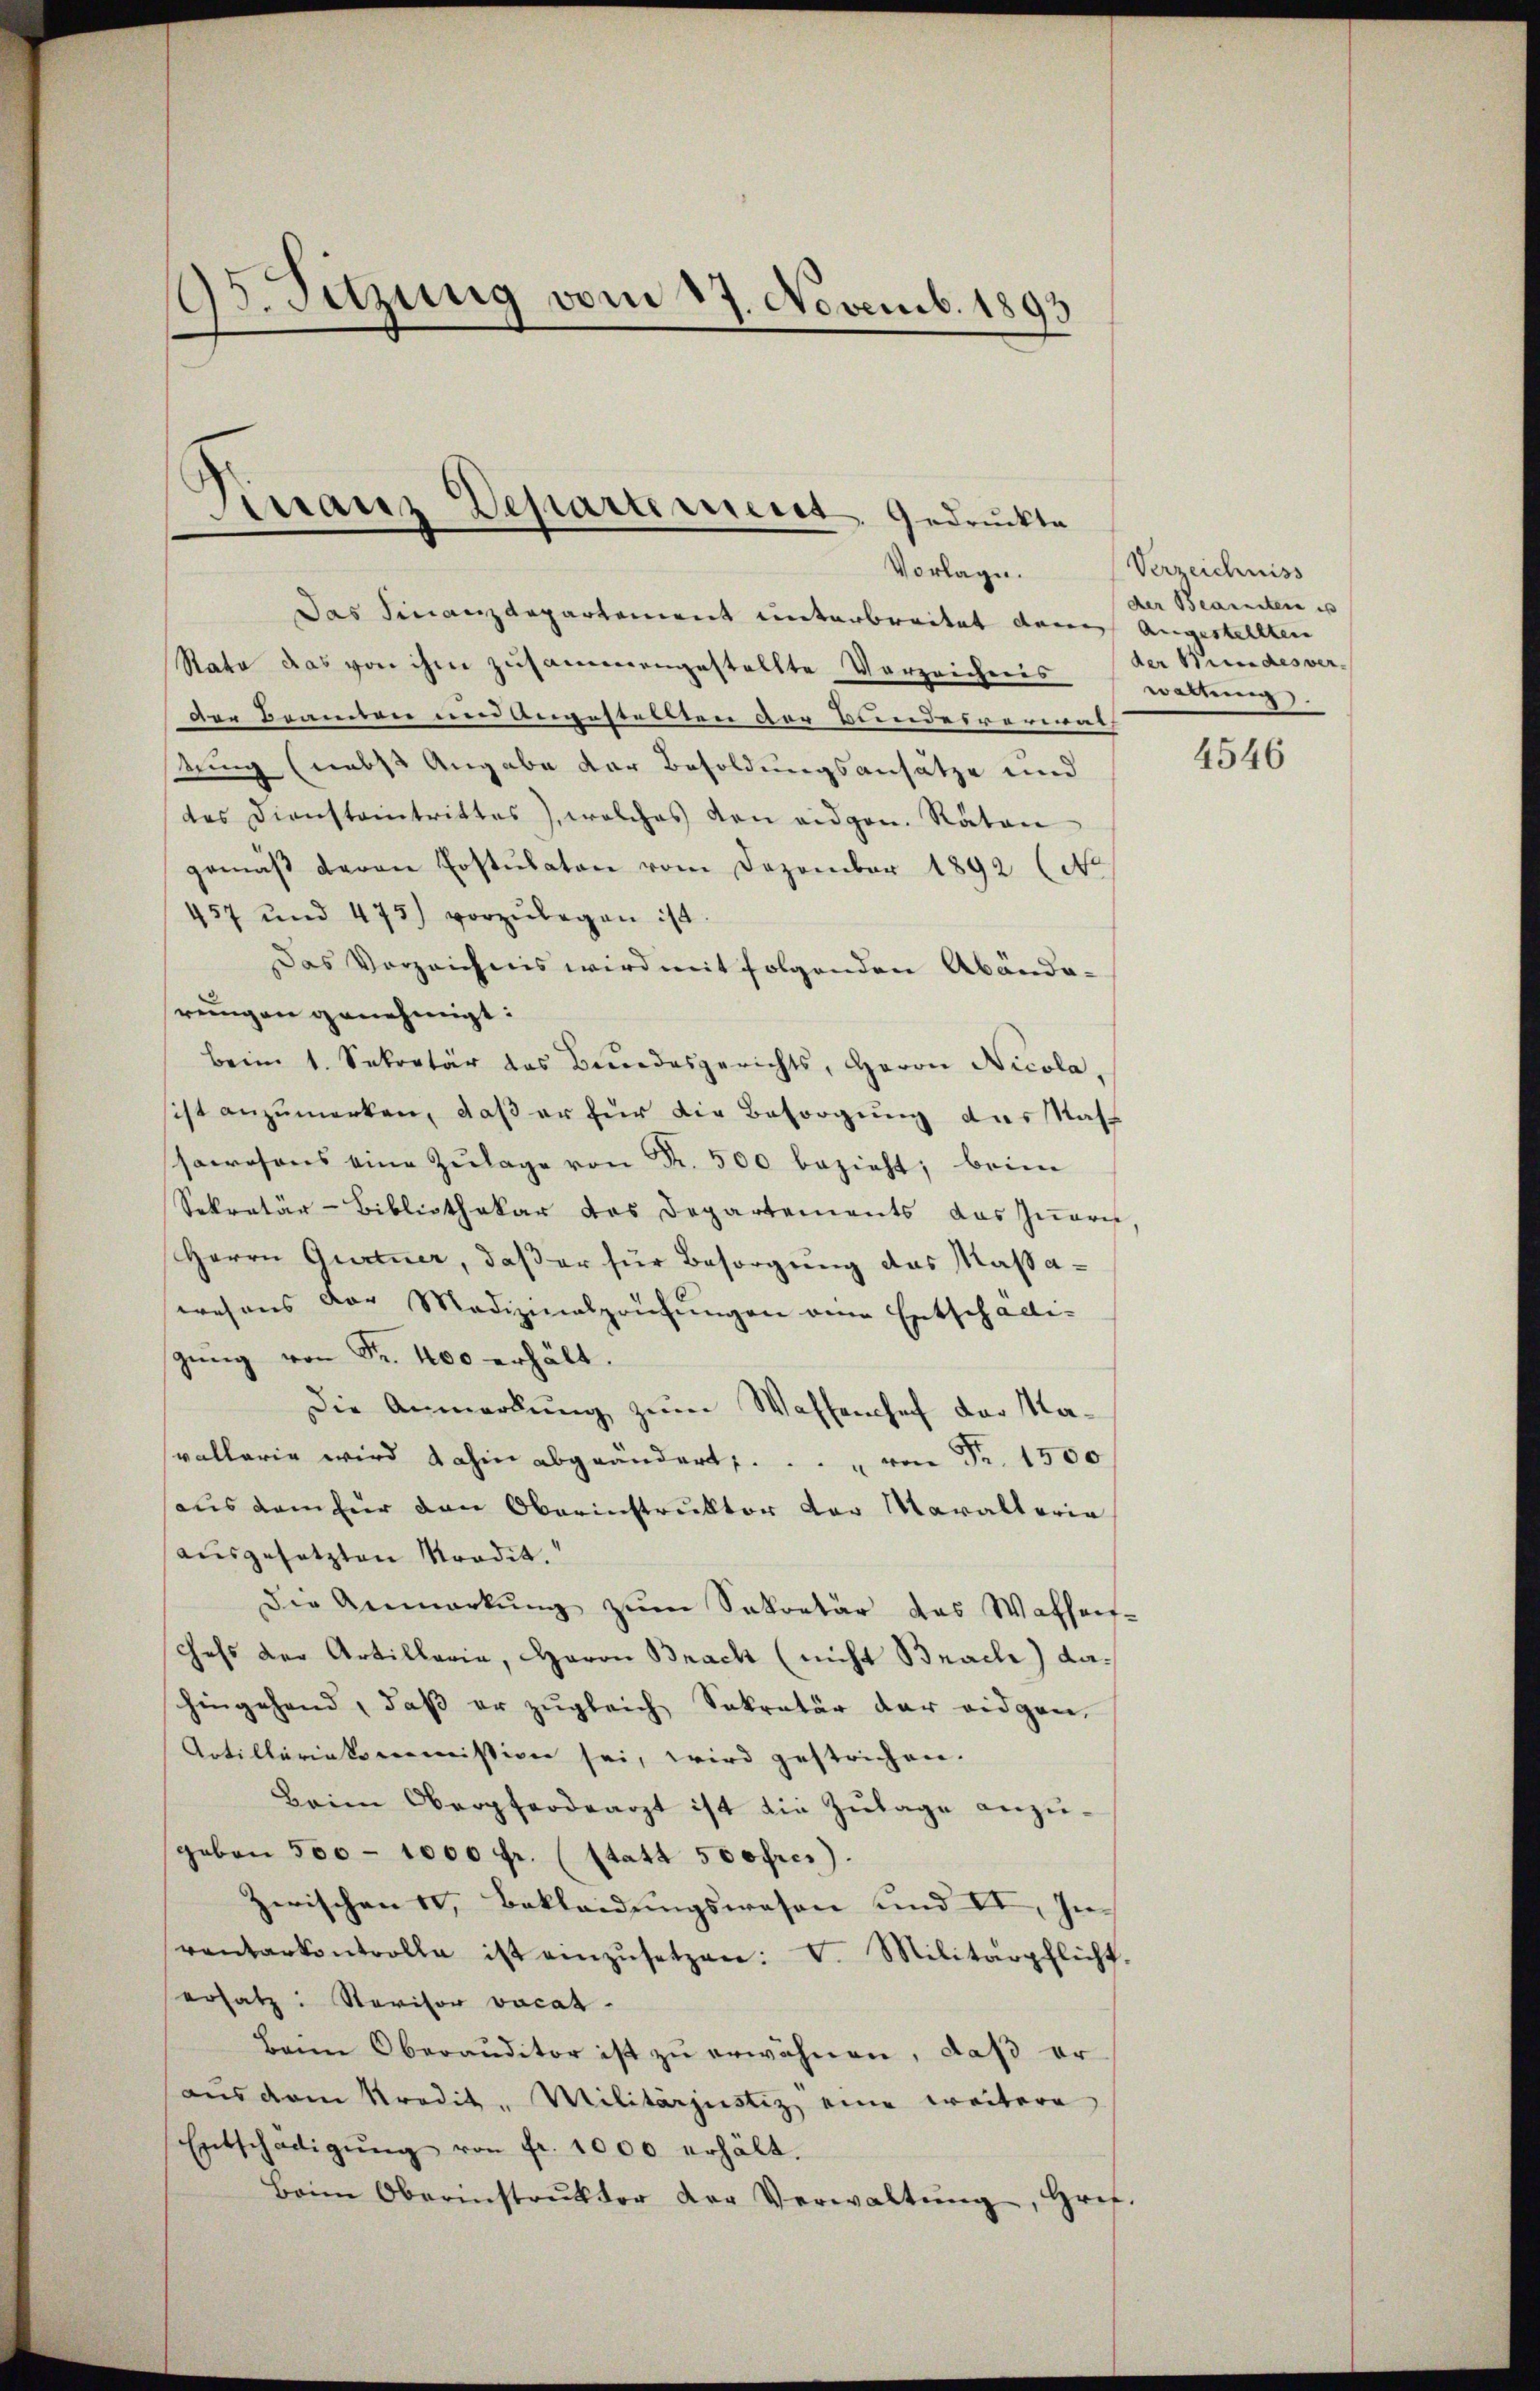
85. Sitzung vom 17. Novemb. 1893

¬
Finanz Departement gedruckte

Vorlage.
Das Finanzdepartement unterbreitet dann Angestellten
Rata das von ihm zusammengestellte Vorzeichnis der Wundesver-
Der Beamten und angestellten der Bundesvermut
tung (nebst Angabe der Besoldungsansätze und
des Diensteintrittes), welches den eidgen. Räten
gemäβ Baron Erstulaten vom Dezember 1892 (No
457 und 473) vorzŭlegen ist.
Das Vorzeichnis wird mit folgenden Abände-
rengen genehmigt:
beim 1. Sekretär das Bundesgerichts, Herrn Nicola,
sist anzumerken, daß er für die Besorgung das Nahsawesens eine Zŭlage von Fr. 500 bezieht; beim
Sekretär-Bibliothekar das Departements das Zuaris,
Herrn Gurtner, daß er für Besorgung das Massawesens der Medizinalprüfŭngen eine Entschalli-
sung von Fr. 400 erhält.
Die Anmerkung zum Waffenhef der Navallerie wird dahin abgeändert, . . . . von Fr. 1500
haus dem für den Oberinstruktor der Maralteria
ausgesetzten Nordit.
Die Anmerkŭng zŭm Sekretär das Waffen-
chefs der Artillaria, Haron Brach (nicht Brach) dahingehend, daß er zugleich Sekretär der eidgen.
Artilleriekommission sei, wird gestrichen.
Beim Obergferdearzt ist die Zulage anzugeben 500 - 1000 fr. (statt 500fres).
Zerischen 10, Bekleidungswesen und II, In
rantarkontrolle ist einzŭsetzen: V. Militärpflicht.
ersatz: Revisor vacat.
Beim Oberauditor ist zu erwähnen, daß er
aus dem Kredit. Militärjustiz eine weitere
Entschädigŭng von fr. 1000 erhält.
Beim Oberinstrŭktor der Verwaltŭng, Grif.

Verzeichniss
der Bearnstere es
waltung.

4546